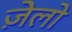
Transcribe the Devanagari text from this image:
ज़ेलो